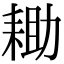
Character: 耡